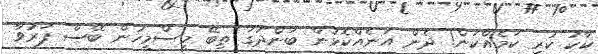
ކާކު ކުރި ކަމެއްކަން! ދެން އަނެއްކޮޅުން ބަންދުގަ ތިބޭ މީސްމީހުން ބޭސް ފަރުވާ